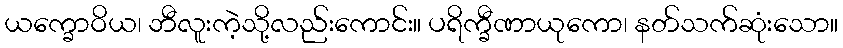
ယက္ခောဝိယ၊ ဘီလူးကဲ့သို့လည်းကောင်း။ ပရိက္ခီဏာယုကော၊ နတ်သက်ဆုံးသော။